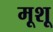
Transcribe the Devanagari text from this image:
मूशू